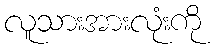
လူသားအားလုံးကို